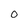
Character: O